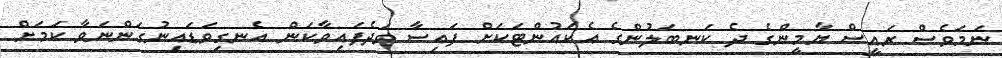
ނަމަވެސް ރައީސް ޔާމީންގެ ދެ ކަނބަލުންގެ އެކައުންޓަކަށް ފައިސާ ވަދެފައިވާކަން އެނގިވަޑައިނުގަންނަވާ ކަމަށް